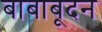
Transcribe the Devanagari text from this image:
बाबाबूदन